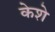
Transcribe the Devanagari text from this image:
केशे